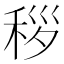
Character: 𬓩